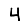
Digit: 4